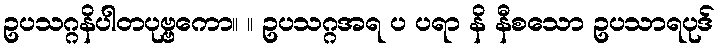
ဥပသဂ္ဂနိပါတပုဗ္ဗကော။ ။ ဥပသဂ္ဂအရ ပ ပရာ နိ နီစသော ဥပသာရပုဒ်